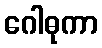
ဂေါဓုကာ